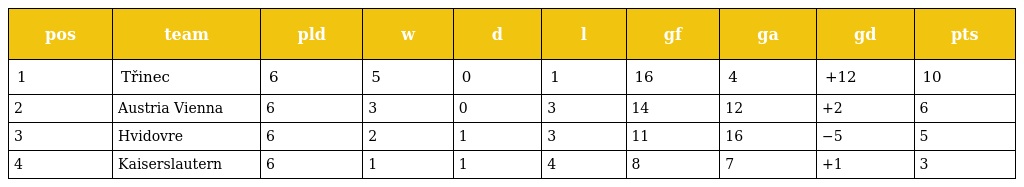
| pos | team | pld | w | d | l | gf | ga | gd | pts |
 | --- | --- | --- | --- | --- | --- | --- | --- | --- | --- |
 | 1 | Třinec | 6 | 5 | 0 | 1 | 16 | 4 | +12 | 10 |
 | 2 | Austria Vienna | 6 | 3 | 0 | 3 | 14 | 12 | +2 | 6 |
 | 3 | Hvidovre | 6 | 2 | 1 | 3 | 11 | 16 | −5 | 5 |
 | 4 | Kaiserslautern | 6 | 1 | 1 | 4 | 8 | 7 | +1 | 3 |